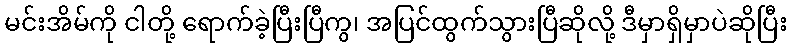
မင်းအိမ်ကို ငါတို့ ရောက်ခဲ့ပြီးပြီကွ၊ အပြင်ထွက်သွားပြီဆိုလို့ ဒီမှာရှိမှာပဲဆိုပြီး